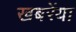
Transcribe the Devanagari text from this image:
खबरेंया